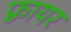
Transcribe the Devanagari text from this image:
फ़्रायर